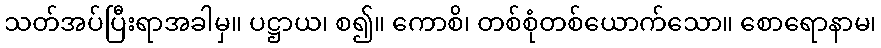
သတ်အပ်ပြီးရာအခါမှ။ ပဋ္ဌာယ၊ စ၍။ ကောစိ၊ တစ်စုံတစ်ယောက်သော။ စောရောနာမ၊